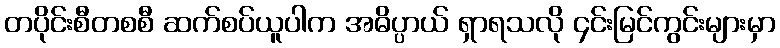
တပိုင်းစီတစစီ ဆက်စပ်ယူပါက အဓိပ္ပာယ် ရှာရသလို ၄င်းမြင်ကွင်းများမှာ